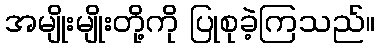
အမျိုးမျိုးတို့ကို ပြုစုခဲ့ကြသည်။